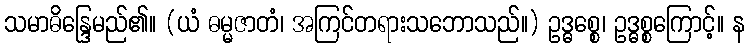
သမာဓိန္ဒြေမည်၏။ (ယံ ဓမ္မဇာတံ၊ အကြင်တရားသဘောသည်။) ဥဒ္ဓစ္စေ၊ ဥဒ္ဓစ္စကြောင့်။ န